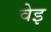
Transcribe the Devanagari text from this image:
वेइ